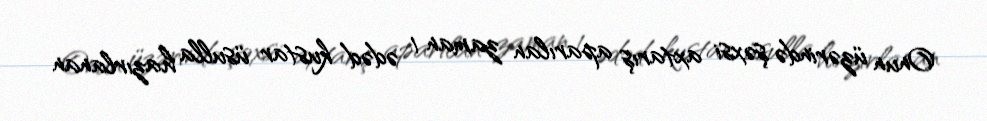
Onun üzərində şəxsi axtarış aparılan zaman 1 ədəd kustar üsulla hazırlanan